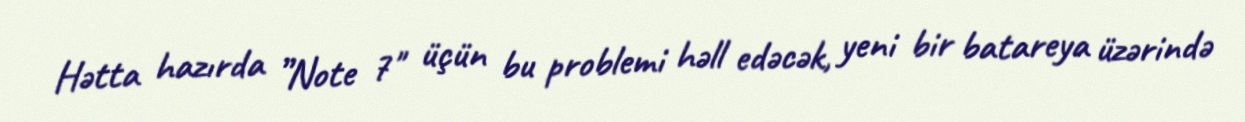
Hətta hazırda ”Note 7" üçün bu problemi həll edəcək, yeni bir batareya üzərində